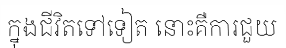
ក្នុងជីវិតទៅទៀត នោះគឺការជួយ